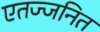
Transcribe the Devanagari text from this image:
एतज्जनित